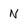
Character: N